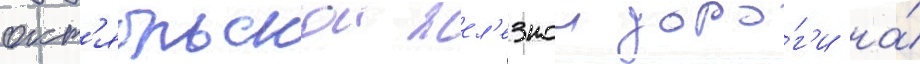
окт'ябрьскои жел'езнои доро́г'и на́